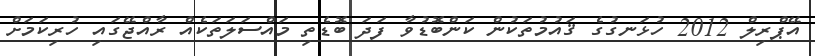
އޭޕްރިލް 2012 ހުޅަނގުގެ ޤައުމުތަކުން ކަންބޮޑުވާ ފަދަ ބޮޑެތި މައްސަލަތަކެއް ރާއްޖޭގައި ހުރިކަމަށް